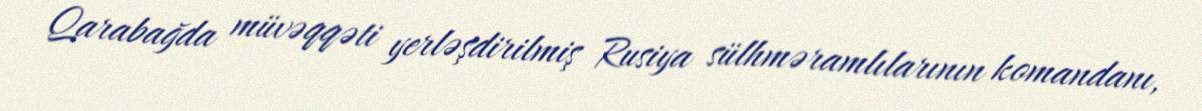
Qarabağda müvəqqəti yerləşdirilmiş Rusiya sülhməramlılarının komandanı,